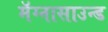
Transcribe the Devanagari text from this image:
मॅग्नासाउन्ड